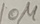
Text: 10µ